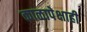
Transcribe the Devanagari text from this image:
काळापेक्षाही